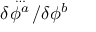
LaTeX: \delta \! \stackrel { { \ldots } } { \phi ^ { a } } \! / \delta \phi ^ { b }